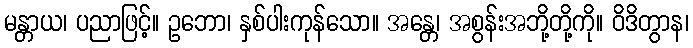
မန္တာယ၊ ပညာဖြင့်။ ဥဘော၊ နှစ်ပါးကုန်သော။ အန္တေ၊ အစွန်းအဘို့တို့ကို။ ဝိဒိတွာန၊